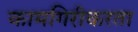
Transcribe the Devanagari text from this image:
कामगिरीकरता